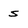
Character: s